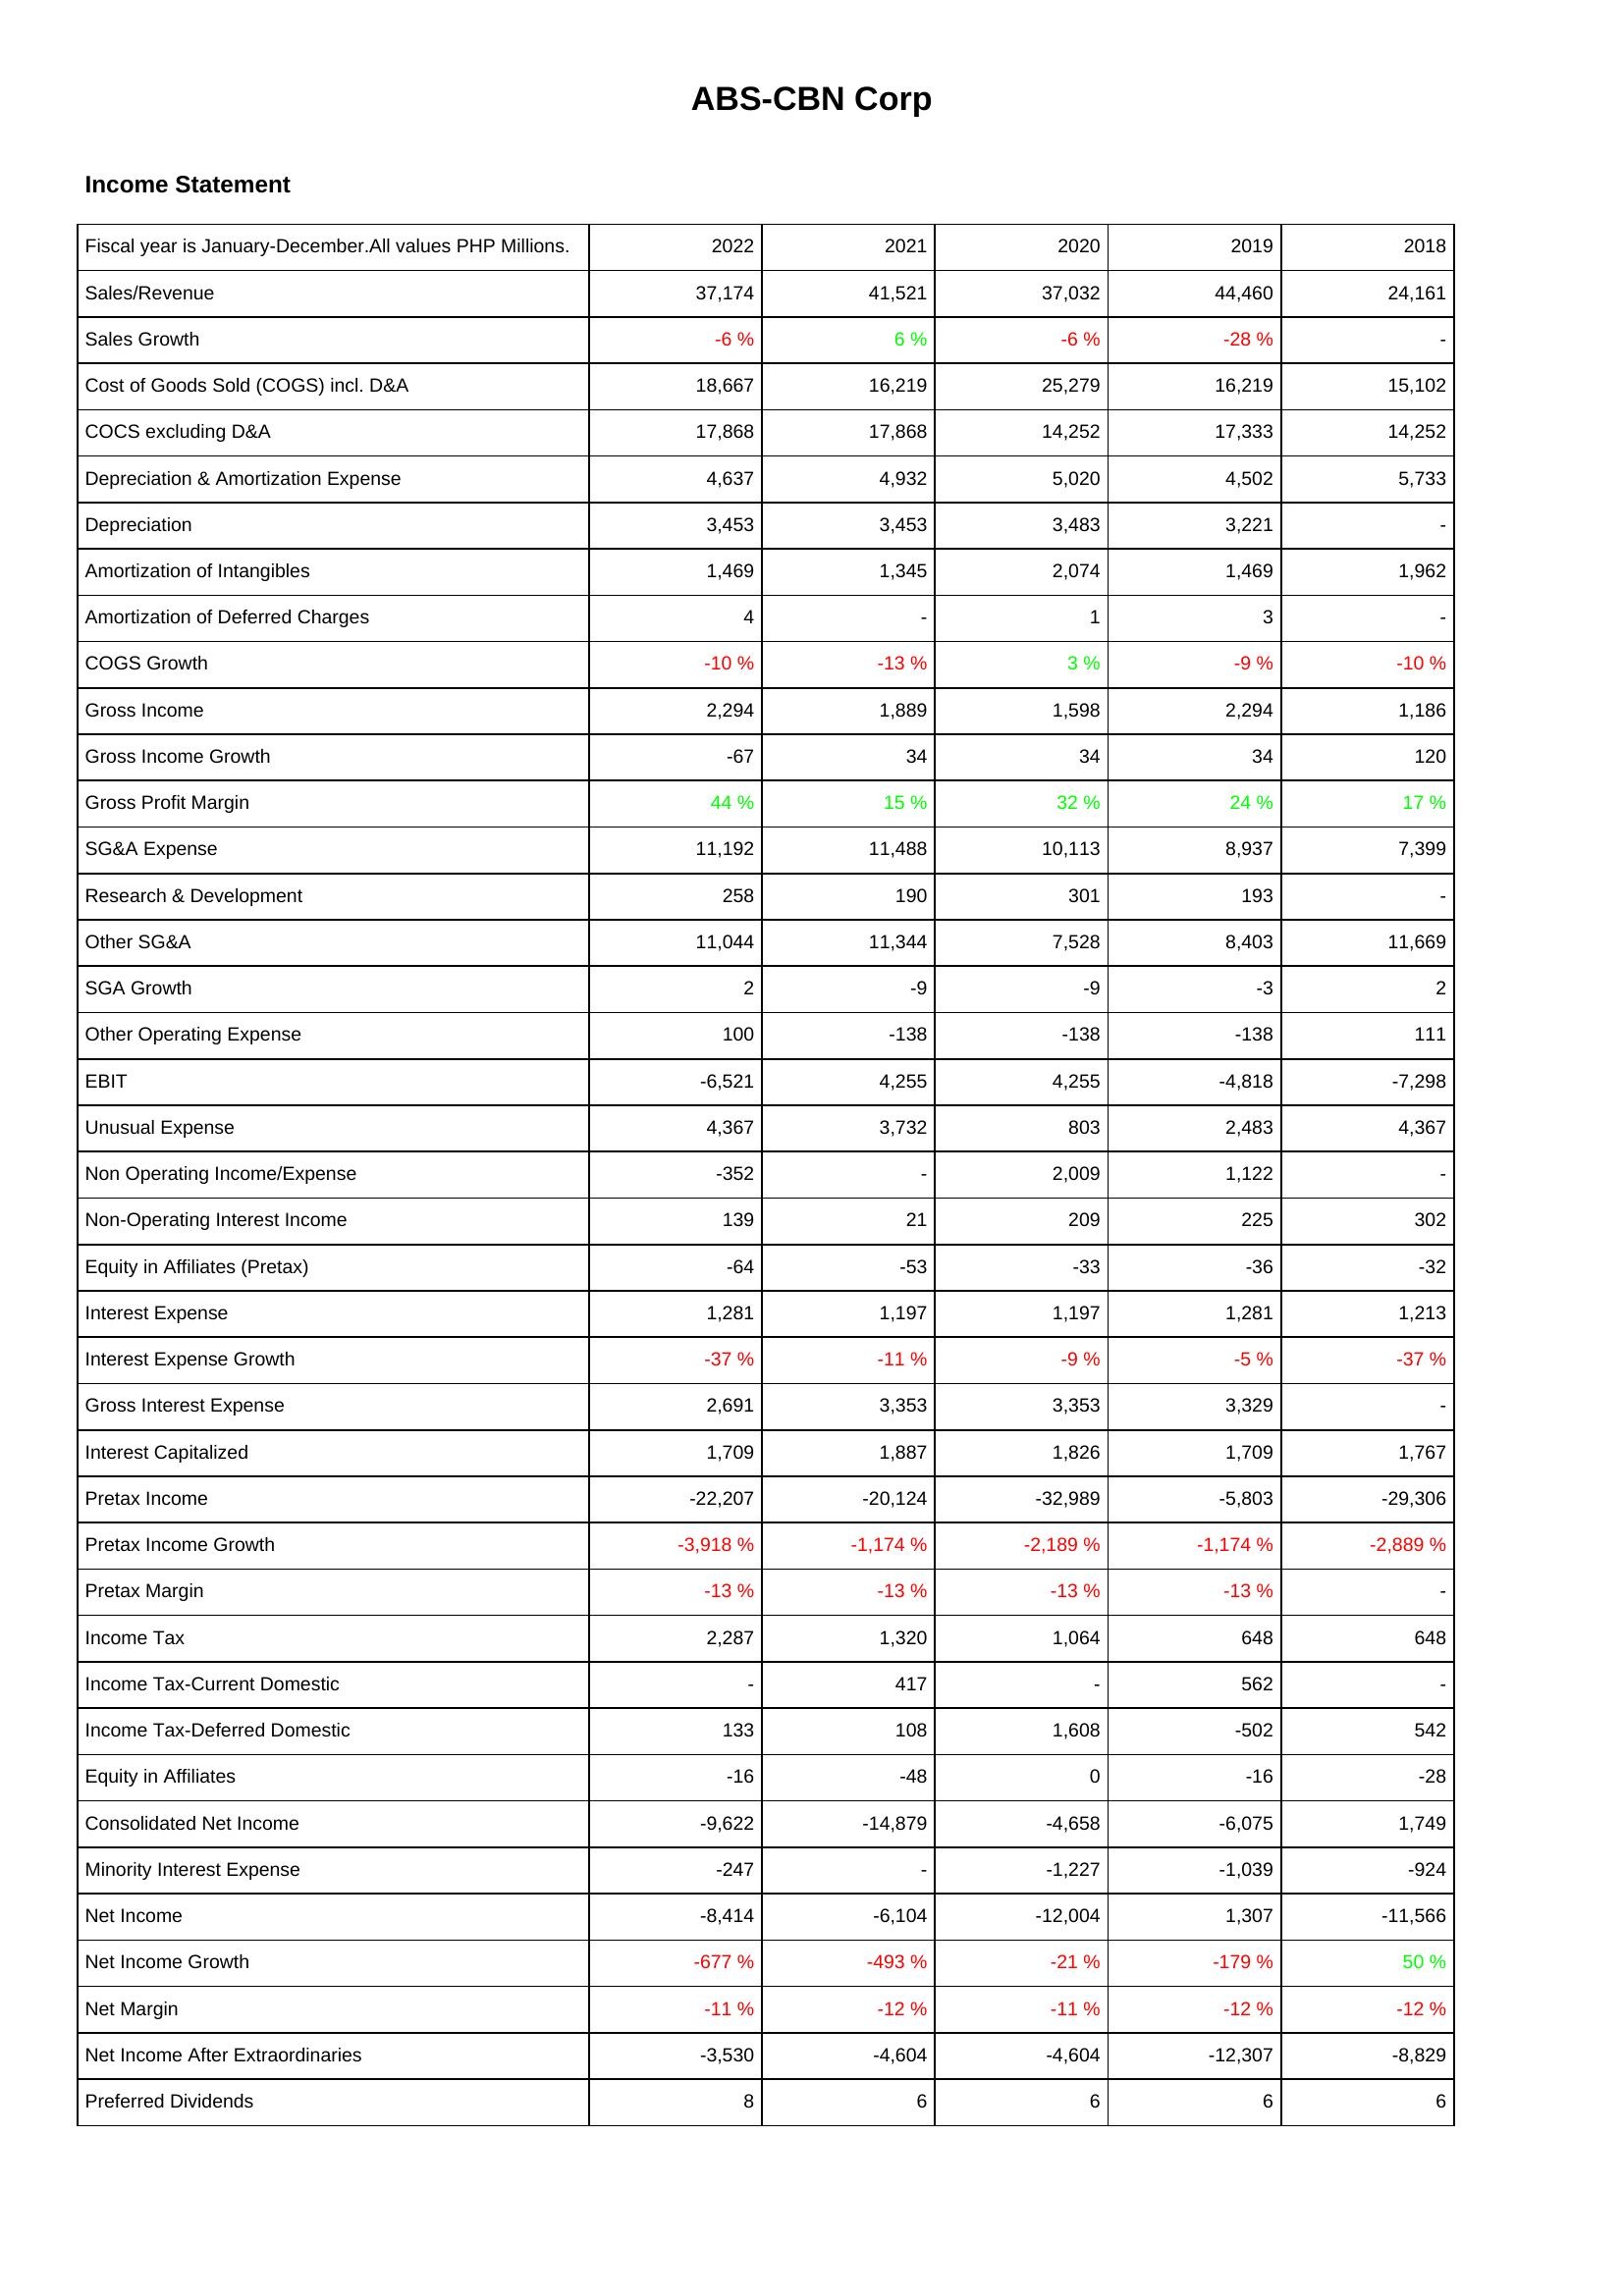
2022: Income Statement: Sales/Revenue: 37,174
Sales Growth: -6 %
Cost of Goods Sold (COGS) incl. D&A: 18,667
COCS excluding D&A: 17,868
Depreciation & Amortization Expense: 4,637
Depreciation: 3,453
Amortization of Intangibles: 1,469
Amortization of Deferred Charges: 4
COGS Growth: -10 %
Gross Income: 2,294
Gross Income Growth: -67
Gross Profit Margin: 44 %
SG&A Expense: 11,192
Research & Development: 258
Other SG&A: 11,044
SGA Growth: 2
Other Operating Expense: 100
EBIT: -6,521
Unusual Expense: 4,367
Non Operating Income/Expense: -352
Non-Operating Interest Income: 139
Equity in Affiliates (Pretax): -64
Interest Expense: 1,281
Interest Expense Growth: -37 %
Gross Interest Expense: 2,691
Interest Capitalized: 1,709
Pretax Income: -22,207
Pretax Income Growth: -3,918 %
Pretax Margin: -13 %
Income Tax: 2,287
Income Tax-Current Domestic: -
Income Tax-Deferred Domestic: 133
Equity in Affiliates: -16
Consolidated Net Income: -9,622
Minority Interest Expense: -247
Net Income: -8,414
Net Income Growth: -677 %
Net Margin: -11 %
Net Income After Extraordinaries: -3,530
Preferred Dividends: 8
2021: Income Statement: Sales/Revenue: 41,521
Sales Growth: 6 %
Cost of Goods Sold (COGS) incl. D&A: 16,219
COCS excluding D&A: 17,868
Depreciation & Amortization Expense: 4,932
Depreciation: 3,453
Amortization of Intangibles: 1,345
Amortization of Deferred Charges: -
COGS Growth: -13 %
Gross Income: 1,889
Gross Income Growth: 34
Gross Profit Margin: 15 %
SG&A Expense: 11,488
Research & Development: 190
Other SG&A: 11,344
SGA Growth: -9
Other Operating Expense: -138
EBIT: 4,255
Unusual Expense: 3,732
Non Operating Income/Expense: -
Non-Operating Interest Income: 21
Equity in Affiliates (Pretax): -53
Interest Expense: 1,197
Interest Expense Growth: -11 %
Gross Interest Expense: 3,353
Interest Capitalized: 1,887
Pretax Income: -20,124
Pretax Income Growth: -1,174 %
Pretax Margin: -13 %
Income Tax: 1,320
Income Tax-Current Domestic: 417
Income Tax-Deferred Domestic: 108
Equity in Affiliates: -48
Consolidated Net Income: -14,879
Minority Interest Expense: -
Net Income: -6,104
Net Income Growth: -493 %
Net Margin: -12 %
Net Income After Extraordinaries: -4,604
Preferred Dividends: 6
2020: Income Statement: Sales/Revenue: 37,032
Sales Growth: -6 %
Cost of Goods Sold (COGS) incl. D&A: 25,279
COCS excluding D&A: 14,252
Depreciation & Amortization Expense: 5,020
Depreciation: 3,483
Amortization of Intangibles: 2,074
Amortization of Deferred Charges: 1
COGS Growth: 3 %
Gross Income: 1,598
Gross Income Growth: 34
Gross Profit Margin: 32 %
SG&A Expense: 10,113
Research & Development: 301
Other SG&A: 7,528
SGA Growth: -9
Other Operating Expense: -138
EBIT: 4,255
Unusual Expense: 803
Non Operating Income/Expense: 2,009
Non-Operating Interest Income: 209
Equity in Affiliates (Pretax): -33
Interest Expense: 1,197
Interest Expense Growth: -9 %
Gross Interest Expense: 3,353
Interest Capitalized: 1,826
Pretax Income: -32,989
Pretax Income Growth: -2,189 %
Pretax Margin: -13 %
Income Tax: 1,064
Income Tax-Current Domestic: -
Income Tax-Deferred Domestic: 1,608
Equity in Affiliates: 0
Consolidated Net Income: -4,658
Minority Interest Expense: -1,227
Net Income: -12,004
Net Income Growth: -21 %
Net Margin: -11 %
Net Income After Extraordinaries: -4,604
Preferred Dividends: 6
2019: Income Statement: Sales/Revenue: 44,460
Sales Growth: -28 %
Cost of Goods Sold (COGS) incl. D&A: 16,219
COCS excluding D&A: 17,333
Depreciation & Amortization Expense: 4,502
Depreciation: 3,221
Amortization of Intangibles: 1,469
Amortization of Deferred Charges: 3
COGS Growth: -9 %
Gross Income: 2,294
Gross Income Growth: 34
Gross Profit Margin: 24 %
SG&A Expense: 8,937
Research & Development: 193
Other SG&A: 8,403
SGA Growth: -3
Other Operating Expense: -138
EBIT: -4,818
Unusual Expense: 2,483
Non Operating Income/Expense: 1,122
Non-Operating Interest Income: 225
Equity in Affiliates (Pretax): -36
Interest Expense: 1,281
Interest Expense Growth: -5 %
Gross Interest Expense: 3,329
Interest Capitalized: 1,709
Pretax Income: -5,803
Pretax Income Growth: -1,174 %
Pretax Margin: -13 %
Income Tax: 648
Income Tax-Current Domestic: 562
Income Tax-Deferred Domestic: -502
Equity in Affiliates: -16
Consolidated Net Income: -6,075
Minority Interest Expense: -1,039
Net Income: 1,307
Net Income Growth: -179 %
Net Margin: -12 %
Net Income After Extraordinaries: -12,307
Preferred Dividends: 6
2018: Income Statement: Sales/Revenue: 24,161
Sales Growth: -
Cost of Goods Sold (COGS) incl. D&A: 15,102
COCS excluding D&A: 14,252
Depreciation & Amortization Expense: 5,733
Depreciation: -
Amortization of Intangibles: 1,962
Amortization of Deferred Charges: -
COGS Growth: -10 %
Gross Income: 1,186
Gross Income Growth: 120
Gross Profit Margin: 17 %
SG&A Expense: 7,399
Research & Development: -
Other SG&A: 11,669
SGA Growth: 2
Other Operating Expense: 111
EBIT: -7,298
Unusual Expense: 4,367
Non Operating Income/Expense: -
Non-Operating Interest Income: 302
Equity in Affiliates (Pretax): -32
Interest Expense: 1,213
Interest Expense Growth: -37 %
Gross Interest Expense: -
Interest Capitalized: 1,767
Pretax Income: -29,306
Pretax Income Growth: -2,889 %
Pretax Margin: -
Income Tax: 648
Income Tax-Current Domestic: -
Income Tax-Deferred Domestic: 542
Equity in Affiliates: -28
Consolidated Net Income: 1,749
Minority Interest Expense: -924
Net Income: -11,566
Net Income Growth: 50 %
Net Margin: -12 %
Net Income After Extraordinaries: -8,829
Preferred Dividends: 6